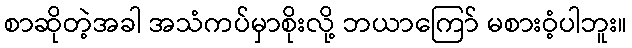
စာဆိုတဲ့အခါ အသံကပ်မှာစိုးလို့ ဘယာကြော် မစားဝံ့ပါဘူး။